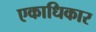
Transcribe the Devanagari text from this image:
एकाधिकार